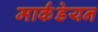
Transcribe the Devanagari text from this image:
मार्कंडेयन